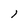
Character: 1